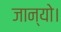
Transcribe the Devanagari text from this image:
जान्यो।